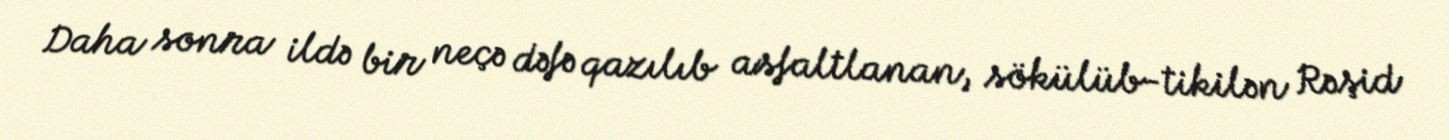
Daha sonra ildə bir neçə dəfə qazılıb asfaltlanan, sökülüb-tikilən Rəşid